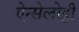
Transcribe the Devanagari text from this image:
ऐन्सेलोट्टी